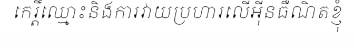
កេរ្តិ៍ឈ្មោះនិងការវាយប្រហារលើអ៊ីនធឺណិតខ្ញុំ